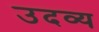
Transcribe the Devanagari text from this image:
उदव्य